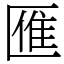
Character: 𠥔